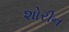
શોરીન